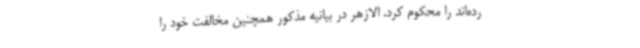
رده‌اند را محکوم کرد. الازهر در بیانیه مذکور همچنین مخالفت خود را